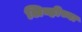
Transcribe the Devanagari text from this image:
लिव्हीच्या